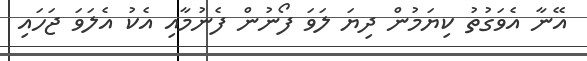
އޭނާ އެވަގުތު ކިޔަމުން ދިޔަ ލަވަ ފޯނުން ފެނުމާއި އެކު އެލަވަ ޖަހައި